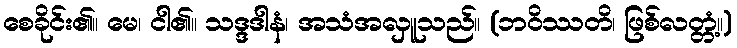
စေခိုင်း၏။ မေ၊ ငါ၏။ သဒ္ဒဒါနံ၊ အသံအလှူသည်။ (ဘဝိဿတိ၊ ဖြစ်လတ္တံ့။)